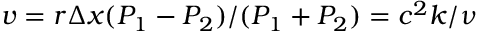
v = r \Delta x ( P _ { 1 } - P _ { 2 } ) / ( P _ { 1 } + P _ { 2 } ) = c ^ { 2 } k / \nu